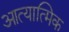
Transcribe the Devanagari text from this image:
आत्यात्मिक